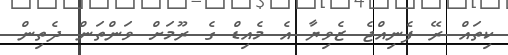
ކިތައް ރޭ ފެނިއްޖެ ޒެވިޔާ އެ މެއިޑް ގެ ރޫމަށް ވަންތަން ދެތިން